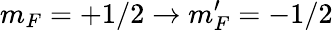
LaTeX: m_{F}=+1/2\rightarrow m_{F}^{\prime}=-1/2